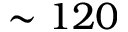
\sim 1 2 0